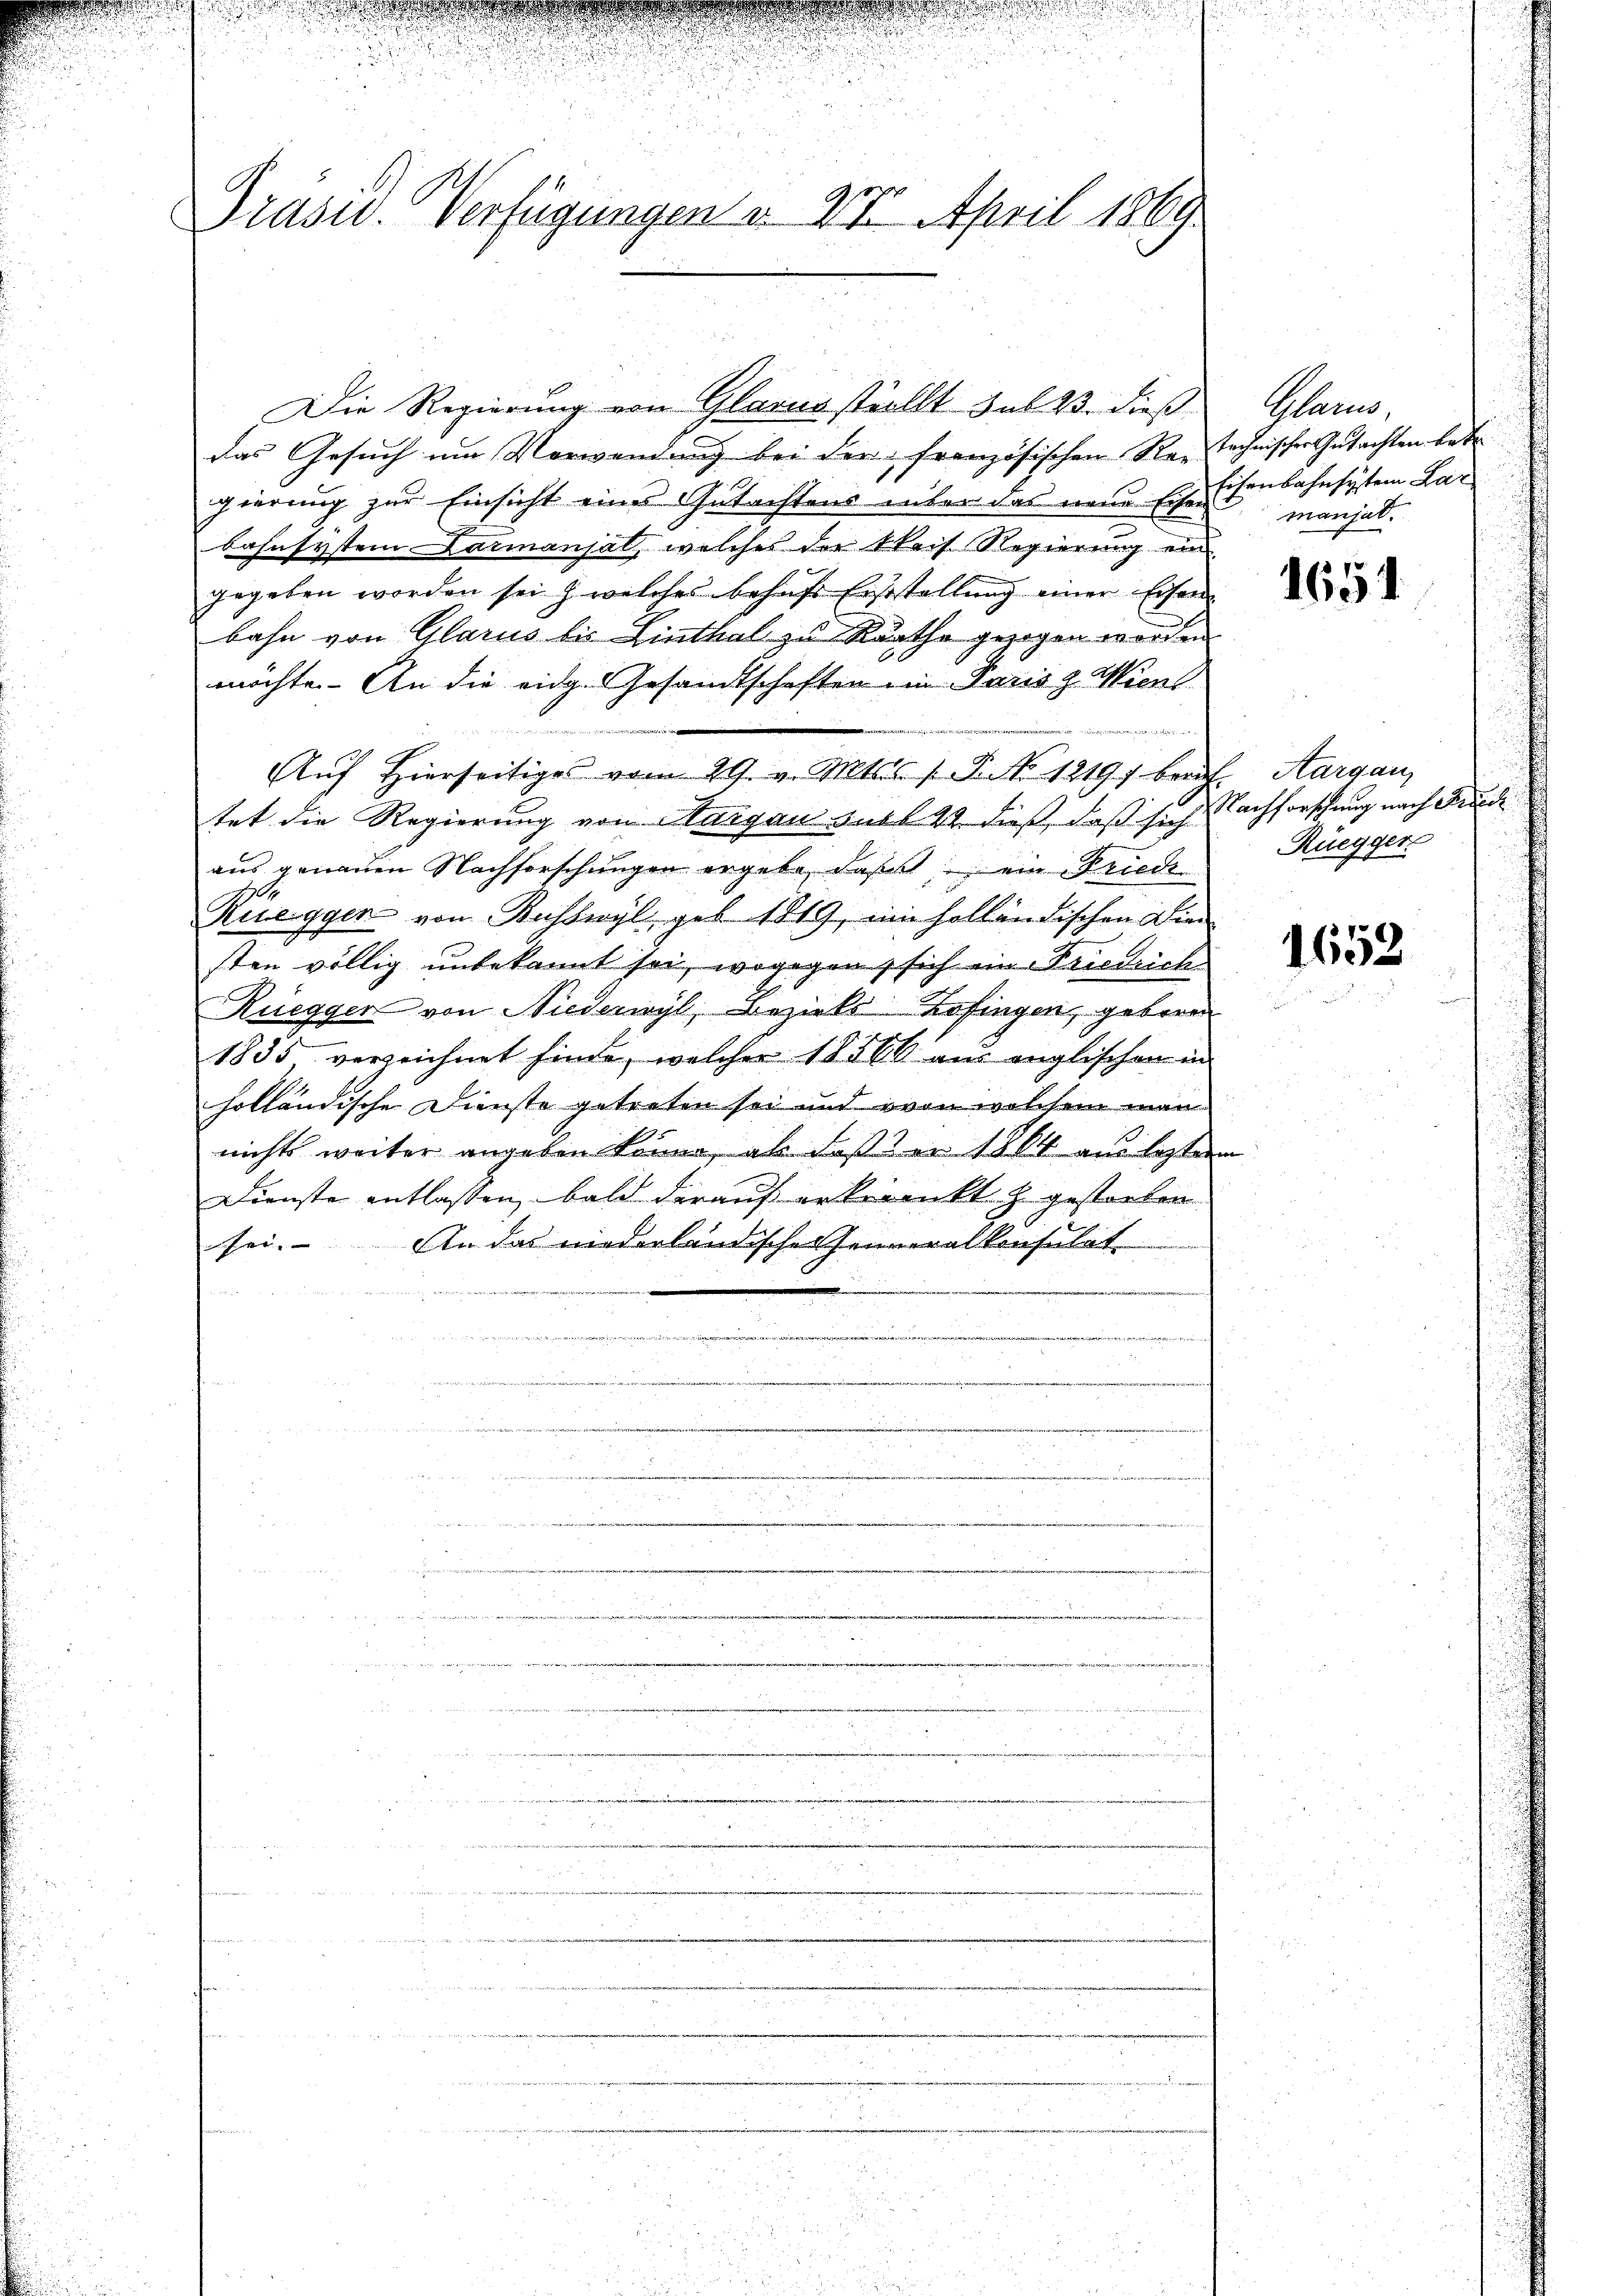
rasu. Verfügungen d. 27. April 1869

das Gesuch um Verwendung bei der französischen Rentechnischer Gutachten betr
gierung zur Einsicht eines Gutachtens über das neue Eiser Eisenbahnsystem Lan
bahnsystem Datmansal, welches der Speis Regierung ein
gegeben worden sei, welches behufs Erststellung einer Eisen
bahn von Glarus bis Linthal zu Rathe gezogen worden
möchte. An die eidg. Gesandtschaften im Paris z. Wien.
5. Peten, we
Aŭf Hierseitiges vom 29. v. Mtss. 1. J. 1819, beruf. Aargau,
tet die Regierung von Margau aus 22 dieß, daß sich
aus genauen Nachforschungen ergebe, daß ein Friede
3
Rueggen von Busswyl, geb. 1819, ein holländischen Dien
sten völlig unbekannt sei, wogegen, sich ein Friedriche
Ruegger von Niederwyl, Bezirks Zofingen, gebrann
1835 verzeichnet hinde, welcher 18160 aus englischen in
holländische Dienste getreten sei und von welchem man
nichts weiter angeben könne, als daß der 1864 aus lestern
Dienste entlassen, bald darauf erkrankt zu gestorben
An das niederländischen Jenneralkonsulat
sei- |

w

n
i

Die Regierung von Glarus stellt sub 23. dieß

Ghann,
manjat.

1654

Nachforschung nach Brauch
Rüegger

1652